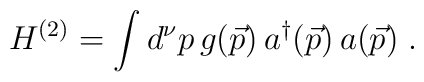
H^{(2)}=\int d^{\nu} p \, g(\vec{p}) \, a^{\dag}(\vec{p}) \, a(\vec{p}) \; .